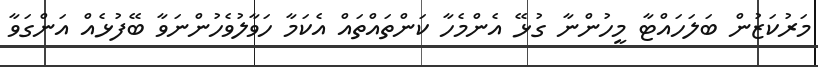
މަރުކަޒުން ބަލަހައްޓާ މީހުންނާ ގުޅޭ އެންމެހާ ކަންތައްތައް އެކަމާ ހަވާލުވެހުންނަވާ ބޭފުޅެއް އަންގަވާ